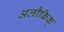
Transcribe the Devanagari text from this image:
अलौकिक्